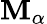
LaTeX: \mathbf{M}_{\alpha}